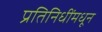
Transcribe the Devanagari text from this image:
प्रतिनिधींमधून